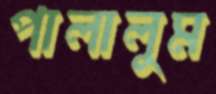
পালালুম